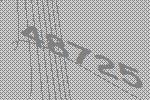
48725